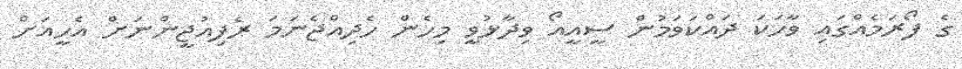
ގެ ފޯރަމެއްގައި ވާހަކަ ދައްކަވަމުން ސީއީއޯ ވިދާޅުވީ މިހެން ހެދިއްޖެނަމަ ރެފިއުޖީންނަށް އެހީއަށް